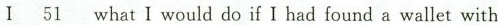
I \underline{51} what I would do if I had found a wallet with